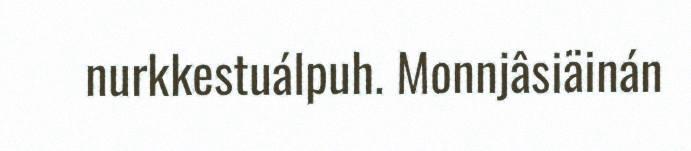
nurkkestuálpuh. Monnjâsiäinán